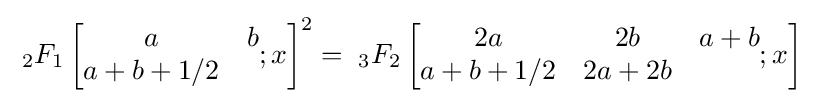
\;_{2}F_{1}\left[{\begin{matrix}a&b\\a+b+1/2\end{matrix}};x\right]^{2}=\;_{3}F_{2}\left[{\begin{matrix}2a&2b&a+b\\a+b+1/2&2a+2b\end{matrix}};x\right]